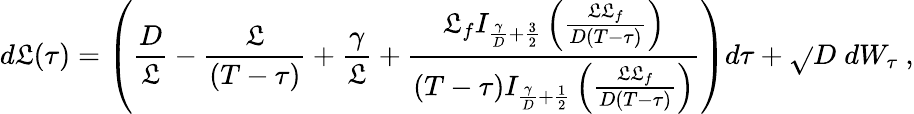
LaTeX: d\mathfrak{L}(\tau)=\left(\frac{{D}}{{\mathfrak{L}}}-\frac{{\mathfrak{L}}}{{(T-\tau)}}+\frac{{\gamma}}{{\mathfrak{L}}}+\frac{{\mathfrak{L}_{f}I_{\frac{{\gamma}}{{D}}+\frac{{3}}{{2}}}\left(\frac{{\mathfrak{L}\mathfrak{L}_{f}}}{{D(T-\tau)}}\right)}}{{(T-\tau)I_{\frac{{\gamma}}{{D}}+\frac{{1}}{{2}}}\left(\frac{{\mathfrak{L}\mathfrak{L}_{f}}}{{D(T-\tau)}}\right)}}\right)d\tau+\sqrt{}{{D}}\; dW_{\tau}\ ,